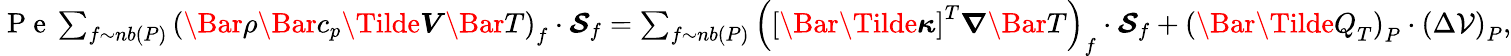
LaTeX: \begin{array}{r}{\mathrm{~P~e~}\sum_{f\sim nb(P)}\left(\Bar{\rho}\Bar{c}_{p}\boldsymbol{\Tilde{V}}\Bar{T}\right)_{f}\cdot\boldsymbol{\mathcal{S}}_{f}=\sum_{f\sim nb(P)}\left(\left[\boldsymbol{\Bar{\Tilde{\kappa}}}\right]^{T}\boldsymbol{\nabla}\Bar{T}\right)_{f}\cdot\boldsymbol{\mathcal{S}}_{f}+\left(\Bar{\Tilde{Q}}_{T}\right)_{P}\cdot\left(\Delta\mathcal{V}\right)_{P},}\end{array}